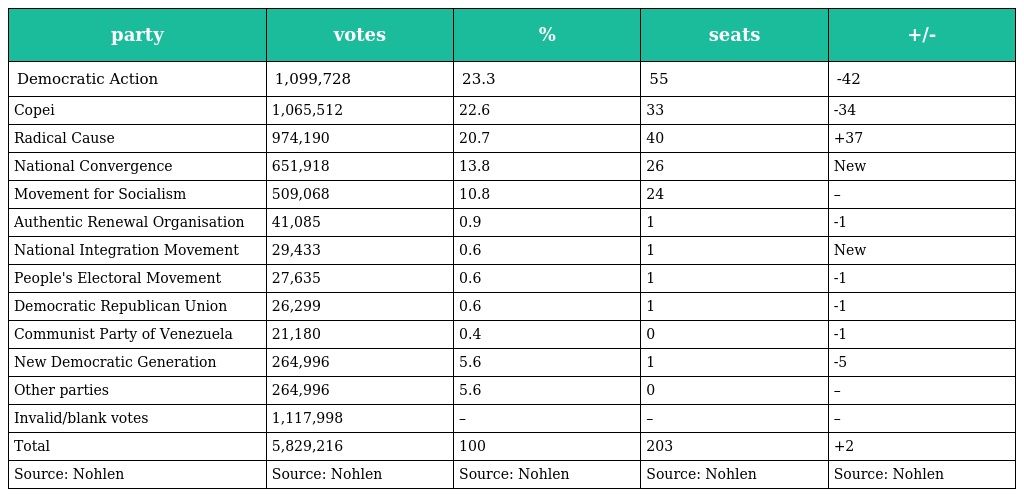
| party | votes | % | seats | +/- |
 | --- | --- | --- | --- | --- |
 | Democratic Action | 1,099,728 | 23.3 | 55 | -42 |
 | Copei | 1,065,512 | 22.6 | 33 | -34 |
 | Radical Cause | 974,190 | 20.7 | 40 | +37 |
 | National Convergence | 651,918 | 13.8 | 26 | New |
 | Movement for Socialism | 509,068 | 10.8 | 24 | – |
 | Authentic Renewal Organisation | 41,085 | 0.9 | 1 | -1 |
 | National Integration Movement | 29,433 | 0.6 | 1 | New |
 | People's Electoral Movement | 27,635 | 0.6 | 1 | -1 |
 | Democratic Republican Union | 26,299 | 0.6 | 1 | -1 |
 | Communist Party of Venezuela | 21,180 | 0.4 | 0 | -1 |
 | New Democratic Generation | 264,996 | 5.6 | 1 | -5 |
 | Other parties | 264,996 | 5.6 | 0 | – |
 | Invalid/blank votes | 1,117,998 | – | – | – |
 | Total | 5,829,216 | 100 | 203 | +2 |
 | Source: Nohlen | Source: Nohlen | Source: Nohlen | Source: Nohlen | Source: Nohlen |